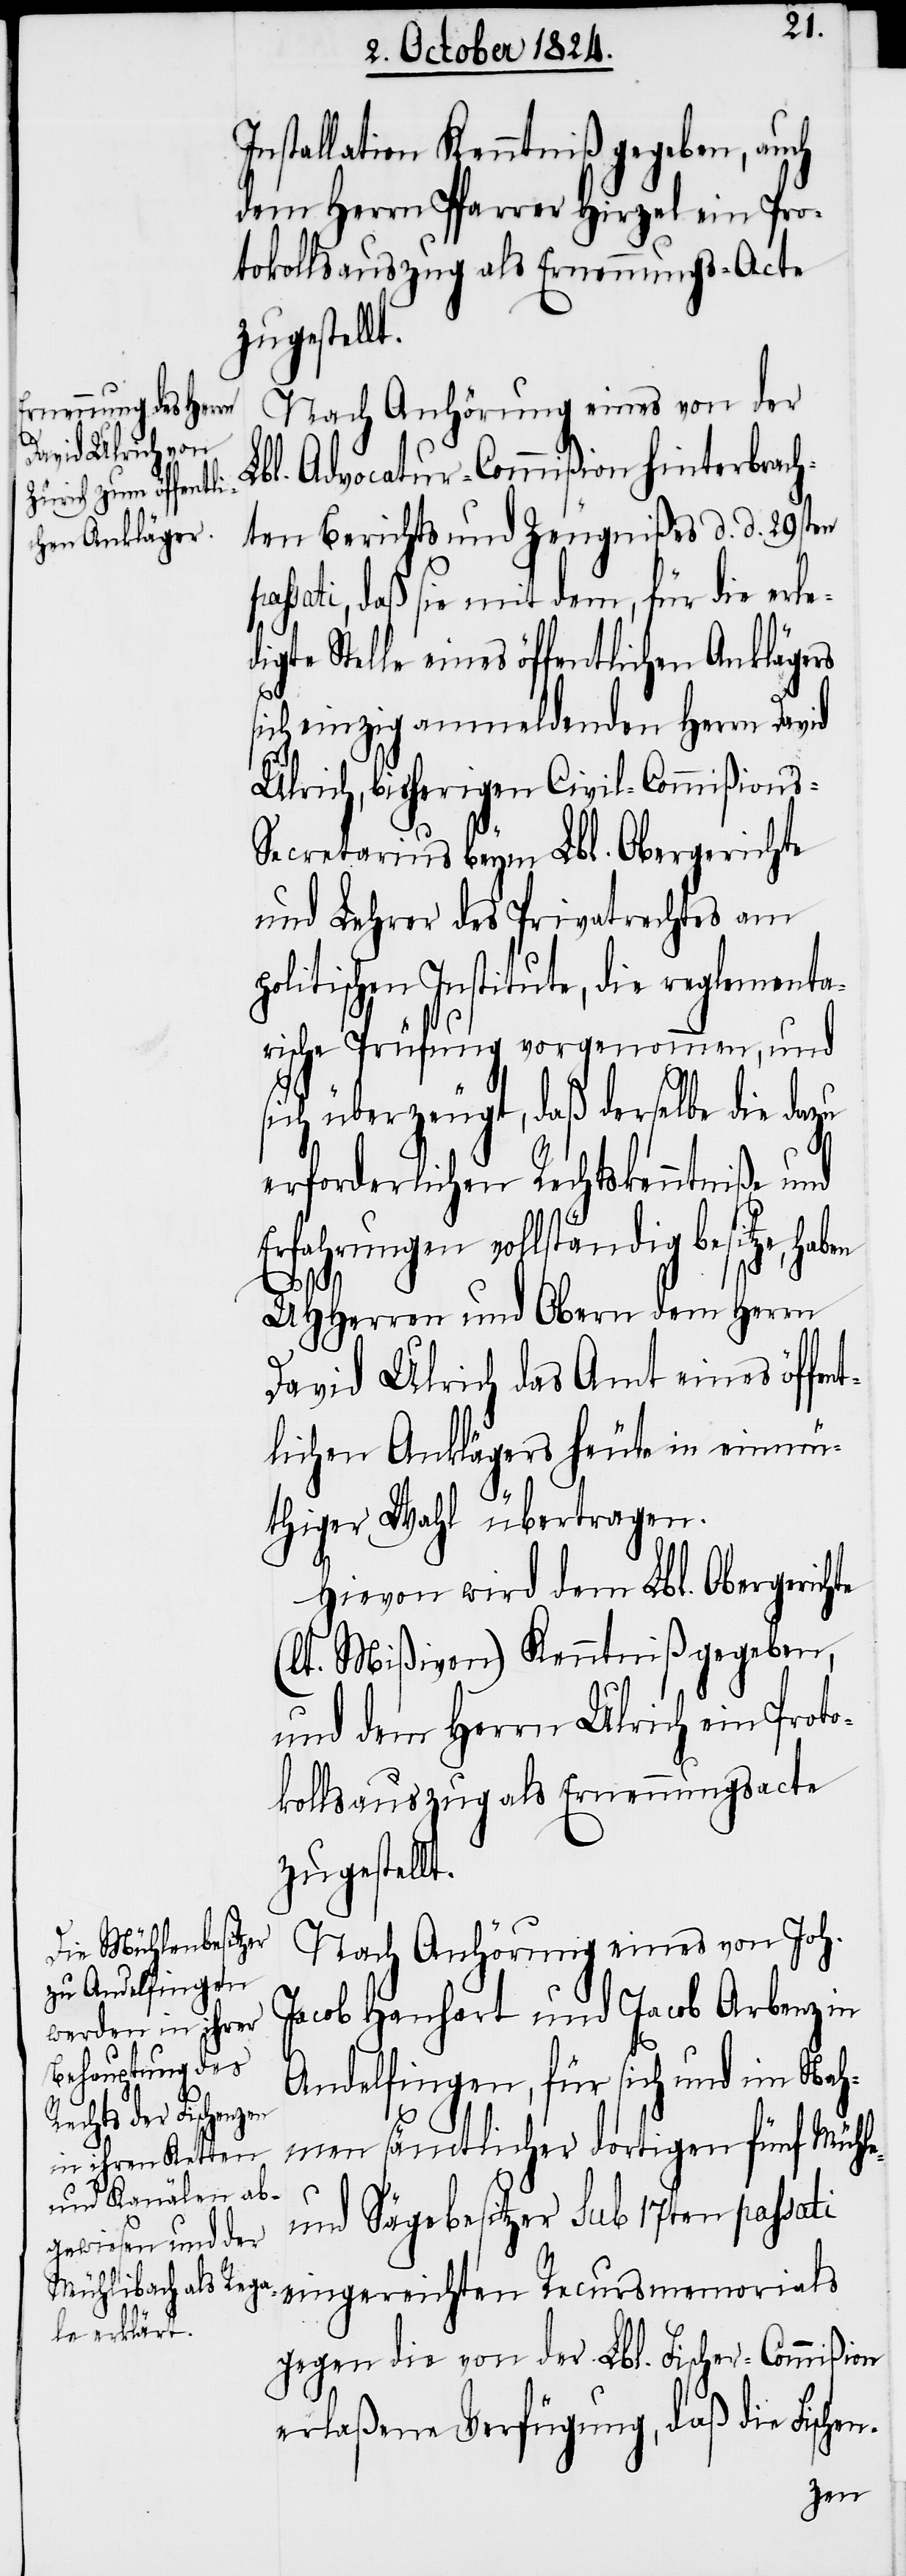
Installation Kenntniß gegeben, auch
dem Herrn Pfarrer Hirzel ein Pro¬
tokollsauszug als Ernennungs-Acte
zugestellt.
Nach Anhörung eines von der
Lbl. Advocatur-Commißion hinterbrach¬
ten Berichts und Zeugnißes d. d. 29sten
sati, daß sie mit dem, für die erled¬
igte Stelle eines öffentlichen Anklägers
sich einzig anmeldenden Herrn David
Ulrich, bisherigen Civil-Commißions-S¬
ecretarius beym Lbl. Obergerichte
und Lehrer des Privatrechtes am p¬
olitischen Institute, die reglementa¬
rische Prüfung vorgenommen, und
sich überzeugt, daß derselbe die dazu
erforderlichen Rechtskenntniße und
Erfahrungen vollständig besitze, haben
pas¬
UHHerren und Obern dem Herrn
David Ulrich das Amt eines öffen¬
tlichen Anklägers heute in einmü¬
thiger Wahl übertragen.
Hievon wird dem Lbl. Obergerichte
(lt. Mißiven) Kenntniß gegeben,
und dem Herrn Ulrich ein Proto¬
kollsauszug als Ernennungsacte
Nach Anhörung eines von Joh.
Jacob Hanhart und Jacob Arbenz in
Andelfingen, für sich und im Nah¬
men sämtlicher dortigen fünf Mühle-
und Sägebesitzer sub 17ten passati
eingereichten Recursmemorials
gegen die von der Lbl. Fischer-Commißion
erlaßene Verfügung, daß die Fischen-